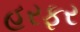
હરફર